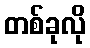
တစ်ခုလို